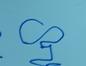
Signature authenticity: forged